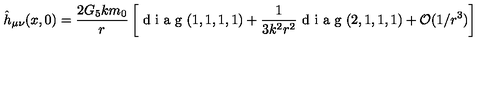
\hat { h } _ { \mu \nu } ( x , 0 ) = \frac { 2 G _ { 5 } k m _ { 0 } } { r } \left[ \textrm { d i a g } ( 1 , 1 , 1 , 1 ) + \frac { 1 } { 3 k ^ { 2 } r ^ { 2 } } \textrm { d i a g } ( 2 , 1 , 1 , 1 ) + \mathcal { O } ( 1 / r ^ { 3 } ) \right]